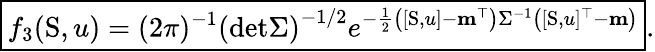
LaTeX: \boxed{f_{3}(\mathrm{S},u)=(2\pi)^{-1}\left(\mathrm{det}\Sigma\right)^{-1/2}e^{-\frac{1}{2}\left([\mathrm{S},u]-\mathbf{m}^{\top}\right)\Sigma^{-1}\left([\mathrm{S},u]^{\top}-\mathbf{m}\right)}}.